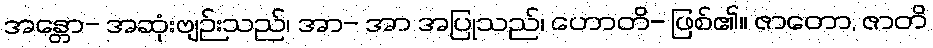
အန္တော- အဆုံးဗျဉ်းသည်၊ အာ- အာ အပြုသည်၊ ဟောတိ- ဖြစ်၏။ ဇာတော, ဇာတိ